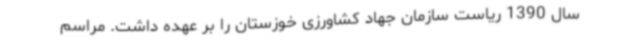
سال 1390 ریاست سازمان جهاد کشاورزی خوزستان را بر عهده داشت. مراسم